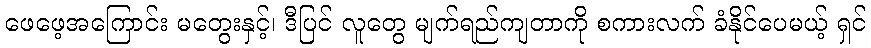
ဖေဖေ့အကြောင်း မတွေးနှင့်၊ ဒီပြင် လူတွေ မျက်ရည်ကျတာကို စကားလက် ခံနိုင်ပေမယ့် ရှင်